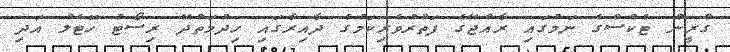
ގްރީން ޓެކްސްގެ ނަމުގައި ރާއްޖޭގެ ފަތުރުވެރިކަމުގެ ދާއިރާގައި ހިދުމަތްދޭ ރިސޯޓު ހޮޓެލް އަދި